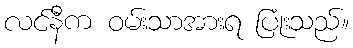
လင်နီက ဝမ်းသာအားရ ပြုံးသည်။